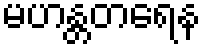
မဟန္တတရေန